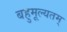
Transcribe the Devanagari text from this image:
बहुमूल्यतम्